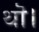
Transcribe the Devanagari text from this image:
थॊ।